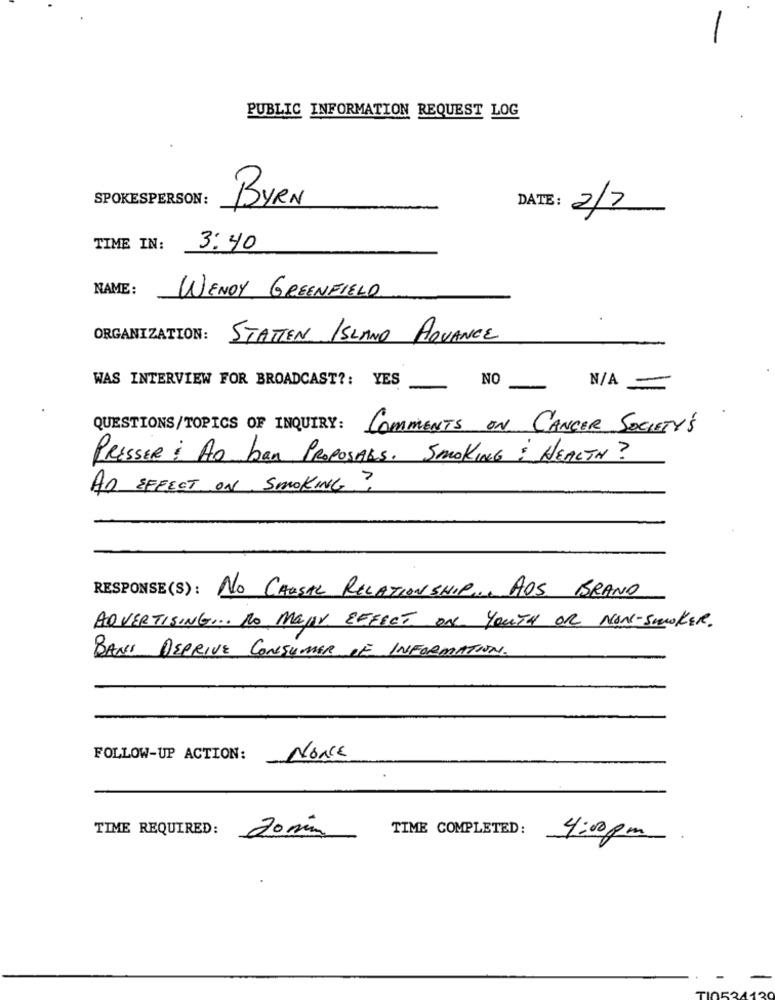
PUBLIC INFORMATION REQUEST LOG
SPOKESPERSON:
BYRN
DATE:
2/7
TIME IN:
3: 40
NAME:
WENDY GREENFIELD
ORGANIZATION:
STATTEN ISLAND ADVANCE
WAS INTERVIEW FOR BROADCAST ?: YES
NO
N/A -
QUESTIONS/TOPICS OF INQUIRY: COMMENTS ON CANCER SOCIETY'S
PRESSER : Ao ban ProposAts. Smoking : HEALTH?
An EFFECT ON SMOKING?
RESPONSE(S): NO CAUSAL RELATIONSHIP .. AOS BRAND
ADVERTISING ... NO MaJAN EFFECT ON YOUTH OR NON-SMOKER.
BANS DEPRIVE CONSUMER OF INFORMATION.
FOLLOW-UP ACTION:
NONE
TIME REQUIRED:
TIME COMPLETED:
20 min
4:00 pm